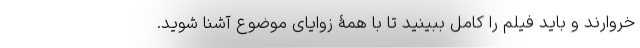
خروارند و باید فیلم را کامل ببینید تا با همۀ زوایای موضوع آشنا شوید.